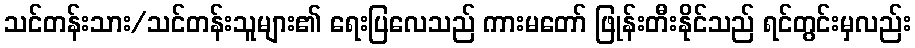
သင်တန်းသား/သင်တန်းသူများ၏ ရေးပြလေသည် ကားမတော် ဖြုန်းတီးနိုင်သည် ရင်တွင်းမှလည်း